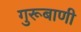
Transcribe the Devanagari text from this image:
गुरूबाणी